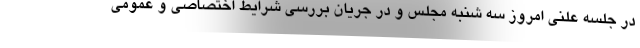
در جلسه علنی امروز سه شنبه مجلس و در جریان بررسی شرایط اختصاصی و عمومی